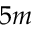
5 m